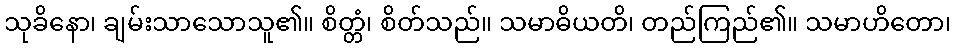
သုခိနော၊ ချမ်းသာသောသူ၏။ စိတ္တံ၊ စိတ်သည်။ သမာဓိယတိ၊ တည်ကြည်၏။ သမာဟိတော၊